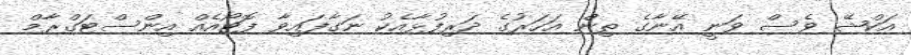
އަކްޝޭ ވެސް ވަނީ އޭނާގެ ތިން އަހަރުގެ ދަރިފުޅާއެކު ނަގާފައިވާ ފޮޓޯއެއް އިންސްޓަގްރާމް